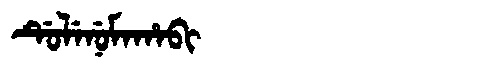
Manchu: ᡩᡠᠯᡝᠨᡠᠮᠠᡥᠠᠪᡳ
Romanization: DULENUMAHABI